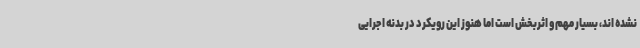
نشده اند، بسیار مهم و اثربخش است اما هنوز این رویکرد در بدنه اجرایی